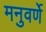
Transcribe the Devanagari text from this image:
मनुवर्णे